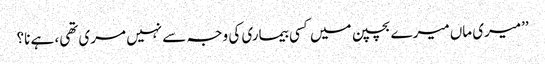
’’میری ماں میرے بچپن میں کسی بیماری کی وجہ سے نہیں مری تھی، ہے نا؟